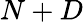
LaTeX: N+D